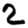
Digit: 2